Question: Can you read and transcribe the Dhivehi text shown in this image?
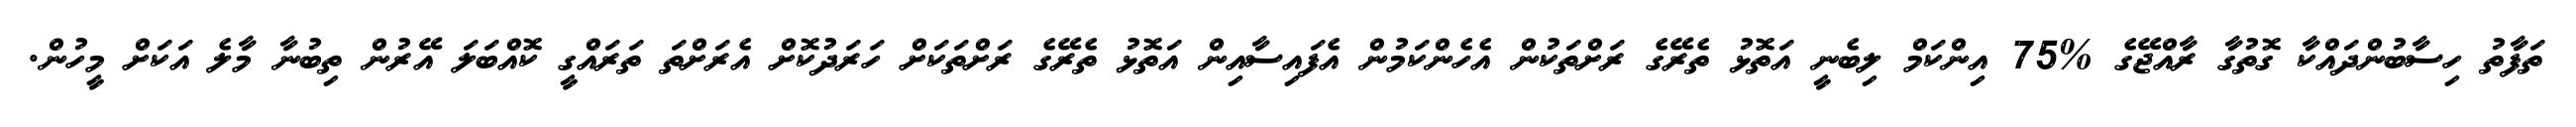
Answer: ތަފާތު ހިސާބުންދައްކާ ގޮތުގާ ރާއްޖޭގެ %75 އިންކަމް ލިބެނީ އަތޮޅު ތެރޭގެ ރަށްތަކުން އެހެންކަމުން އެފައިސާއިން އަތޮޅު ތެރޭގެ ރަށްތަކަށް ހަރަދުކޮށް އެރަށްތަ ތަރައްގީ ކޮއްބަލަ އޭރުން ތިބުނާ މާލެ އަކަށް މީހުން.